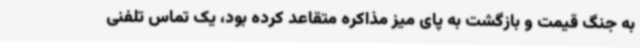
به جنگ قیمت و بازگشت به پای میز مذاکره متقاعد کرده بود، یک تماس تلفنی